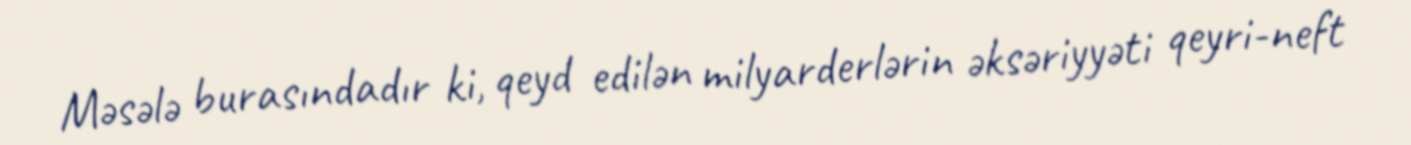
Məsələ burasındadır ki, qeyd edilən milyarderlərin əksəriyyəti qeyri-neft